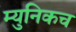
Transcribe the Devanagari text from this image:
म्युनिकच